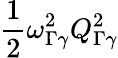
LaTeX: \frac{1}{2}\omega_{\Gamma\gamma}^{2}Q_{\Gamma\gamma}^{2}